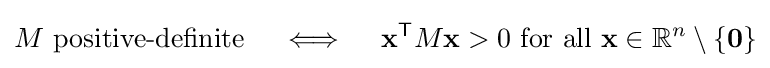
M{\text{ positive-definite}}\quad \iff \quad \mathbf {x} ^{\mathsf {T}}M\mathbf {x} >0{\text{ for all }}\mathbf {x} \in \mathbb {R} ^{n}\setminus \{\mathbf {0} \}